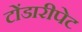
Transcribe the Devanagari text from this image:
टोंडारीपेट